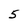
Character: 5